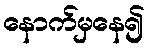
နောက်မှနေ၍